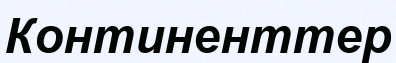
Континенттер